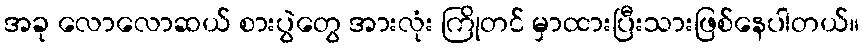
အခု လောလောဆယ် စားပွဲတွေ အားလုံး ကြိုတင် မှာထားပြီးသားဖြစ်နေပါတယ်။